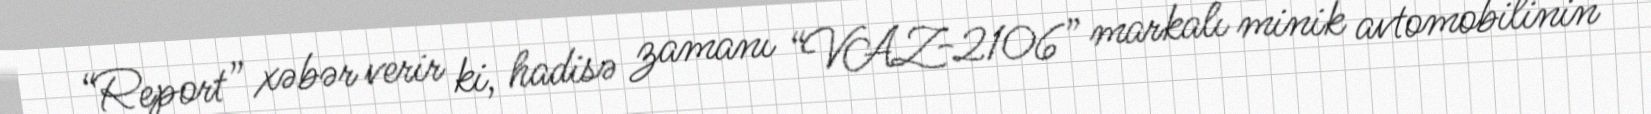
“Report” xəbər verir ki, hadisə zamanı “VAZ-2106” markalı minik avtomobilinin